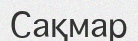
Сақмар